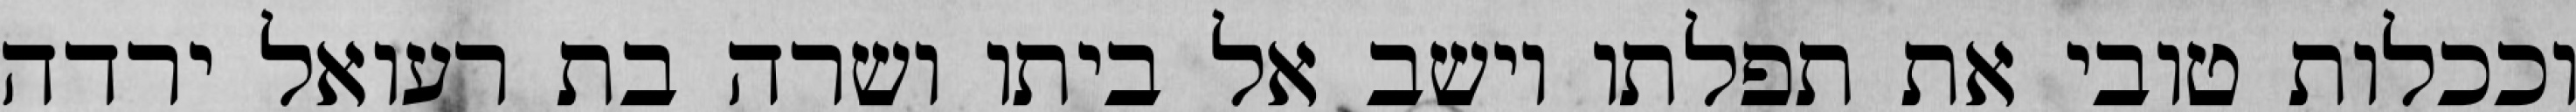
וככלות טובי את תפלתו וישב אל ביתו ושרה בת רעואל ירדה